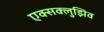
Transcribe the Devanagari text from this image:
एक्सक्लुझिव